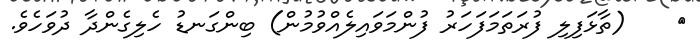
٦    (ތާޅަފިލި ފުރަތަމަފަހަރު ފުންމަވައިލެއްވުމުން) ބިންގަނޑު ހެލިގެންދާ ދުވަހެވެ.